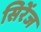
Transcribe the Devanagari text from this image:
सिरेंज